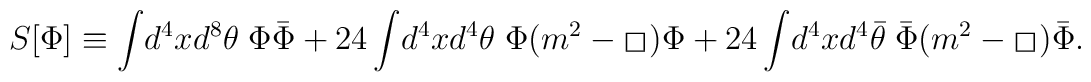
S[\Phi] \equiv \int \!d^4x d^8\theta\;  \Phi {\bar\Phi}+ 24 \int \!d^4x d^4\theta \;\Phi (m^2-\hspace{0.2ex}\raisebox{.5ex}{\fbox{}}\hspace{0.3ex}) \Phi+ 24 \int \!d^4x d^4{\bar\theta} \; {\bar\Phi}(m^2 - \hspace{0.2ex}\raisebox{.5ex}{\fbox{}}\hspace{0.3ex}) {\bar \Phi}.